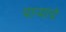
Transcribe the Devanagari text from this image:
पाऱ्याचे